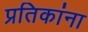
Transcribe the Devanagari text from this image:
प्रतिकांना